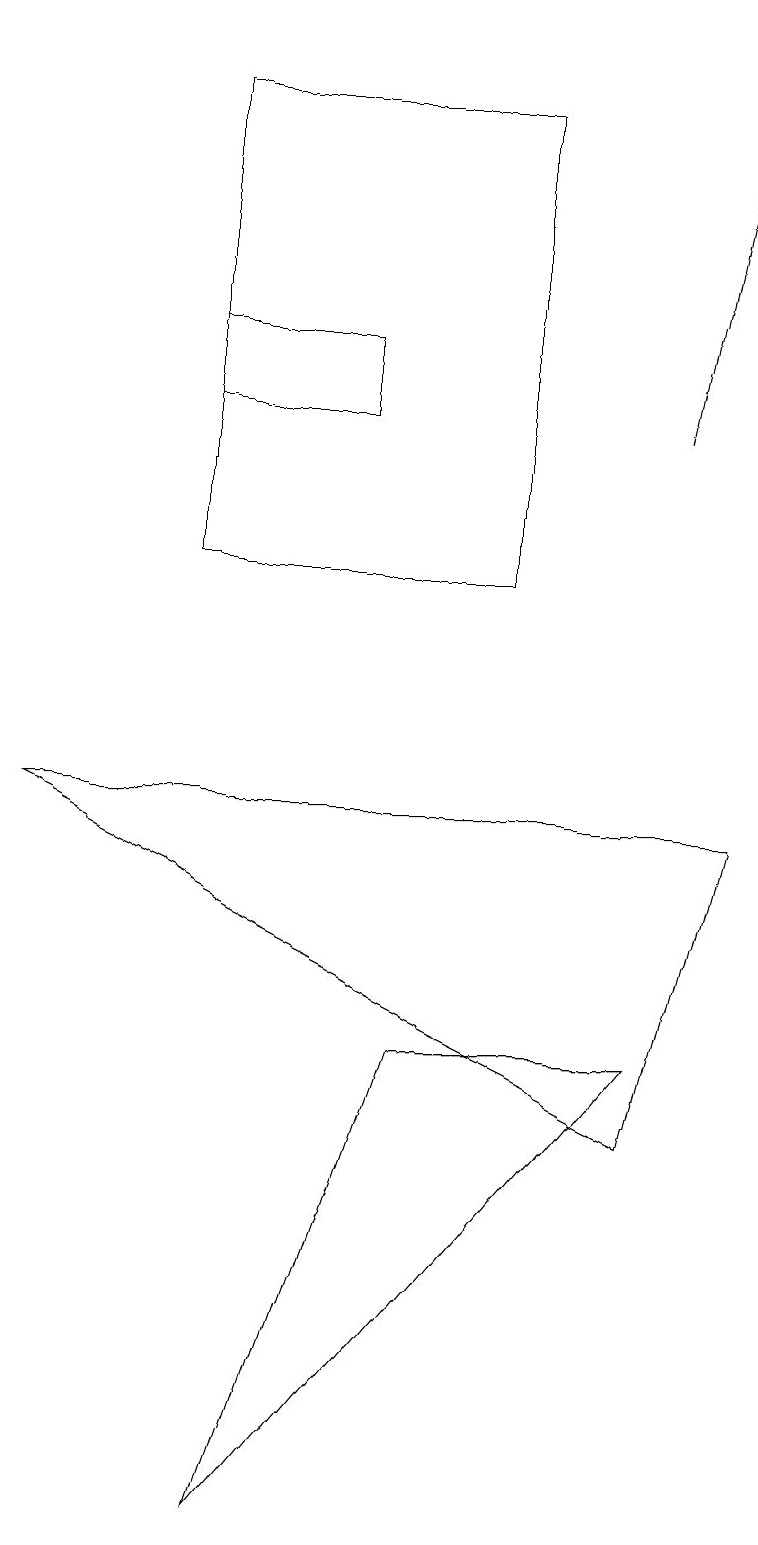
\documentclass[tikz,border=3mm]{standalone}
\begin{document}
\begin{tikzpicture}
\draw (5,6) -- (3,0) -- (8,6) -- cycle;
\draw (2,14) rectangle (4,15);
\draw[->] (8,14) -- (9,19);
\draw (9,9) -- (0,9) -- (8,5) -- cycle;
\draw (2,18) rectangle (6,12);
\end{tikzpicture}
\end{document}